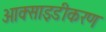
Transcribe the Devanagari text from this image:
आक्साइडीकरण